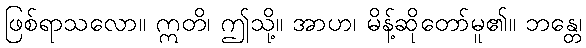
ဖြစ်ရာသလော။ ဣတိ၊ ဤသို့။ အာဟ၊ မိန့်ဆိုတော်မူ၏။ ဘန္တေ၊